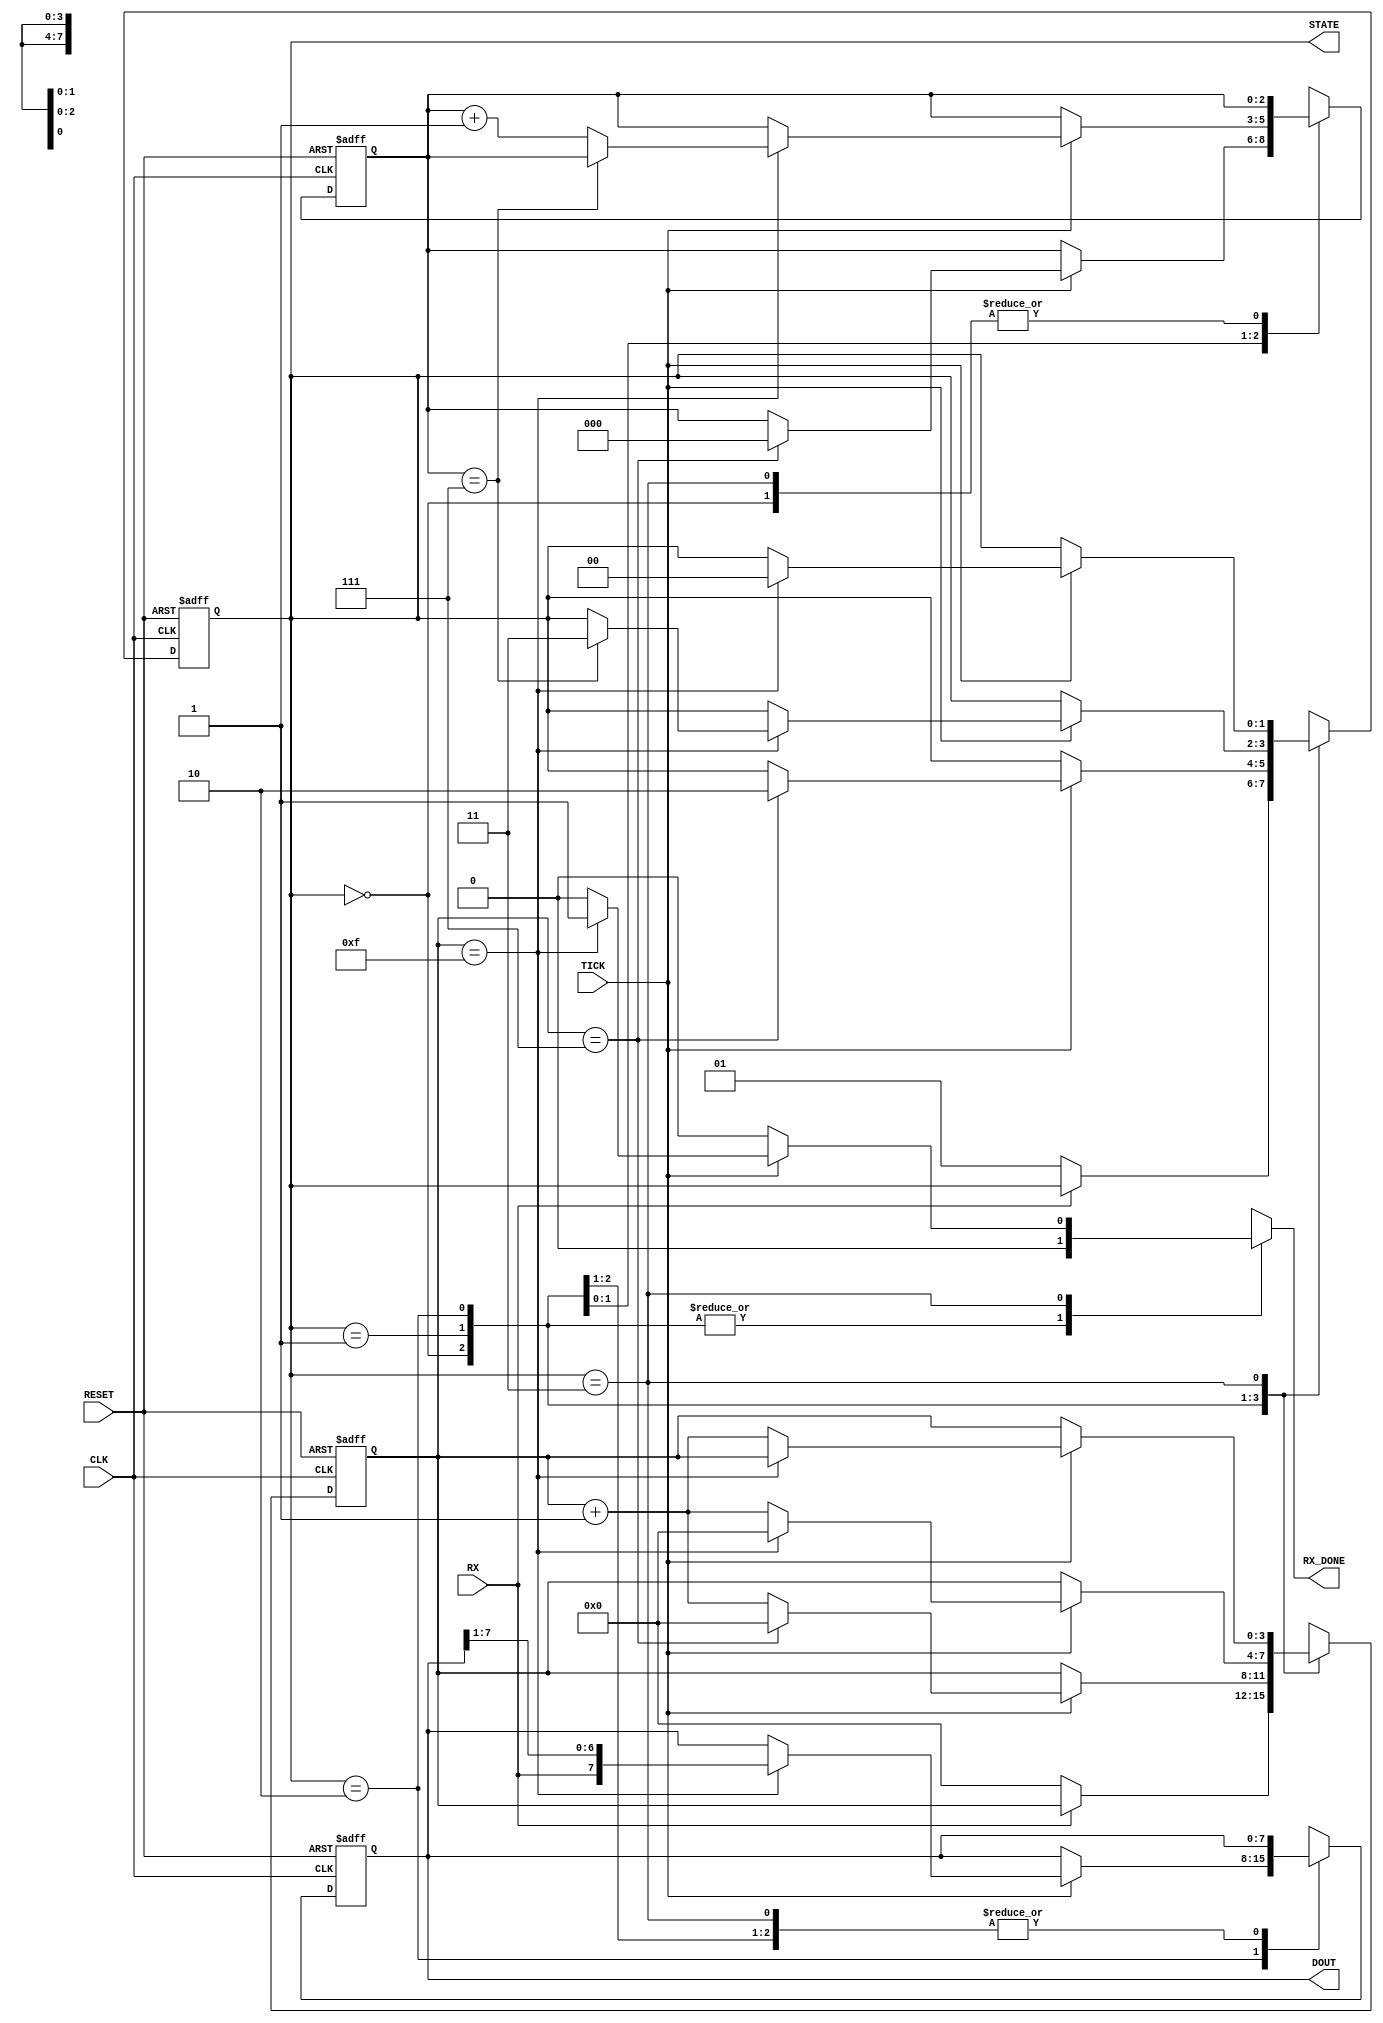
`timescale 1ns / 1ps
//////////////////////////////////////////////////////////////////////////////////
// Company: 
// Engineer: 
// 
// Design Name: 
// Module Name:    Rx 
// Project Name: 
// Target Devices: 
// Tool versions: 
// Description: 
//
// Dependencies: 
//
// Revision: 
// Revision 0.01 - File Created
// Additional Comments: 
//
//////////////////////////////////////////////////////////////////////////////////
module Rx
		#(parameter N_BIT = 8,
					  N_TICK = 16)
		(
    input wire CLK,
    input wire RESET,
    input wire TICK,
    input wire RX,
    output reg RX_DONE,
    output wire [N_BIT-1:0] DOUT,
	 output wire [1:0] STATE
    );
	 
	 localparam [1:0]
	 idle  = 2'b00,
	 start = 2'b01,
	 data  = 2'b10,
	 stop  = 2'b11;
	 
	 reg [1:0] state, state_next;		// Estado
	 reg [3:0] s, s_next;				//Contador de Ticks
	 reg [2:0] n, n_next;				//Bit de posicion
	 reg [7:0] b, b_next;				//Bit recibido
	 
	 always @(posedge CLK, posedge RESET) begin
		if(RESET) begin
			state <= idle;
			s <= 0;
			n <= 0;
			b <= 0;
		end
		else begin
			state <= state_next;
			s <= s_next;
			n <= n_next;
			b <= b_next;
		end
	 end
	 
	 always @(*) begin
		state_next = state;
		RX_DONE = 1'b0;
		s_next = s;
		n_next = n;
		b_next = b;
		
		case(state)
			idle:
				if(RX==0) begin
					state_next = start;
					s_next = 0;
				end
			
			start:
				if(TICK) 
					if(s==7) begin		//7
						state_next = data;
						s_next = 0;
						n_next = 0;
					end
					else begin
						s_next = s + 1;
						end
			
			data:
				if(TICK)
				begin
					if(s==15) begin		//15
						s_next = 0;
						b_next = {RX , b[7:1]};		//7
						if(n==7) begin
							state_next = stop;
						end
						else begin
							n_next = n + 1;
						end
					end
					else begin
						s_next = s+1;
					end
				end
		
			stop:
				if(TICK)
					if(s==15) 		//15
					begin
						state_next = idle;
						RX_DONE = 1'b1;
					end
					else
						s_next = s+1;			
		endcase								
	 end
	 
	 assign DOUT = b;
	 assign STATE = state;

endmodule